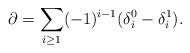
LaTeX: \begin{align*}\partial=\sum_{i\ge 1} (-1)^{i-1}(\delta_i^0-\delta_i^1).\end{align*}